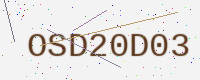
Text: OSD20D03